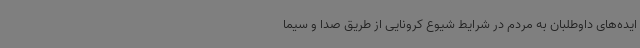
ایده‌های داوطلبان به مردم در شرایط شیوع کرونایی از طریق صدا و سیما